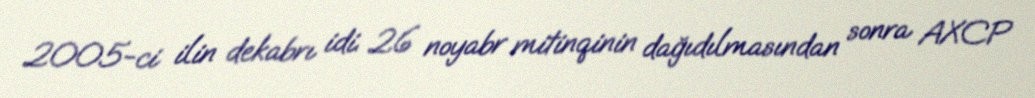
2005-ci ilin dekabrı idi. 26 noyabr mitinqinin dağıdılmasından sonra AXCP